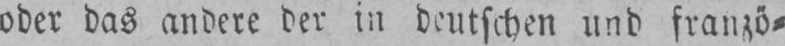
oder das andere der in deutschen und franzö⸗